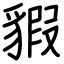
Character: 貑